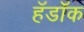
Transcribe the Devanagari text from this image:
हॅडॉक